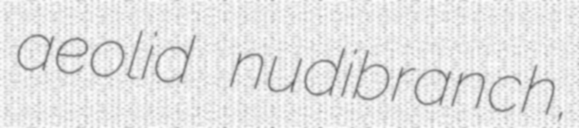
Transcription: aeolid nudibranch,